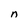
Character: n